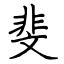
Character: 斐